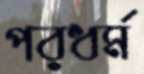
পরধর্ম